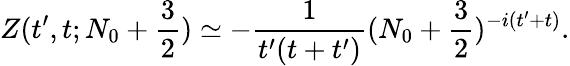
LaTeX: Z(t^{\prime},t;N_{0}+{\frac{3}{2}})\simeq-{\frac{1}{t^{\prime}(t+t^{\prime})}}(N_{0}+{\frac{3}{2}})^{-i(t^{\prime}+t)}.